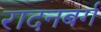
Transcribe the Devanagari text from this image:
रादनबर्ग